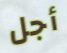
أجل